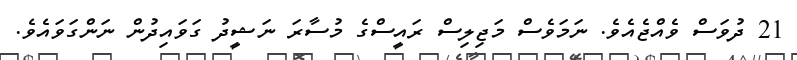
21 ދުވަސް ވެއްޖެއެވެ. ނަމަވެސް މަޖިލިސް ރައީސްގެ މުސާރަ ނަޝީދު ގަވައިދުން ނަންގަވައެވެ.